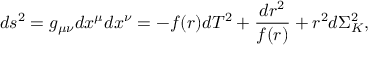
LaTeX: d s ^ { 2 } = g _ { \mu \nu } d x ^ { \mu } d x ^ { \nu } = - f ( r ) d T ^ { 2 } + \frac { d r ^ { 2 } } { f ( r ) } + r ^ { 2 } d \Sigma _ { K } ^ { 2 } ,